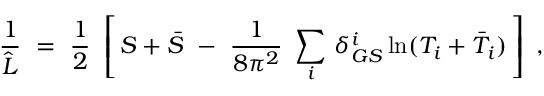
\frac { 1 } { \widehat L } \ = \ \frac { 1 } { 2 } \ \left[ \, S + \bar { S } \ - \ \frac { 1 } { 8 \pi ^ { 2 } } \ \sum _ { i } \, \delta _ { G S } ^ { i } \ln ( T _ { i } + \bar { T } _ { i } ) \, \right] \ ,